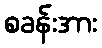
စခန်းအား